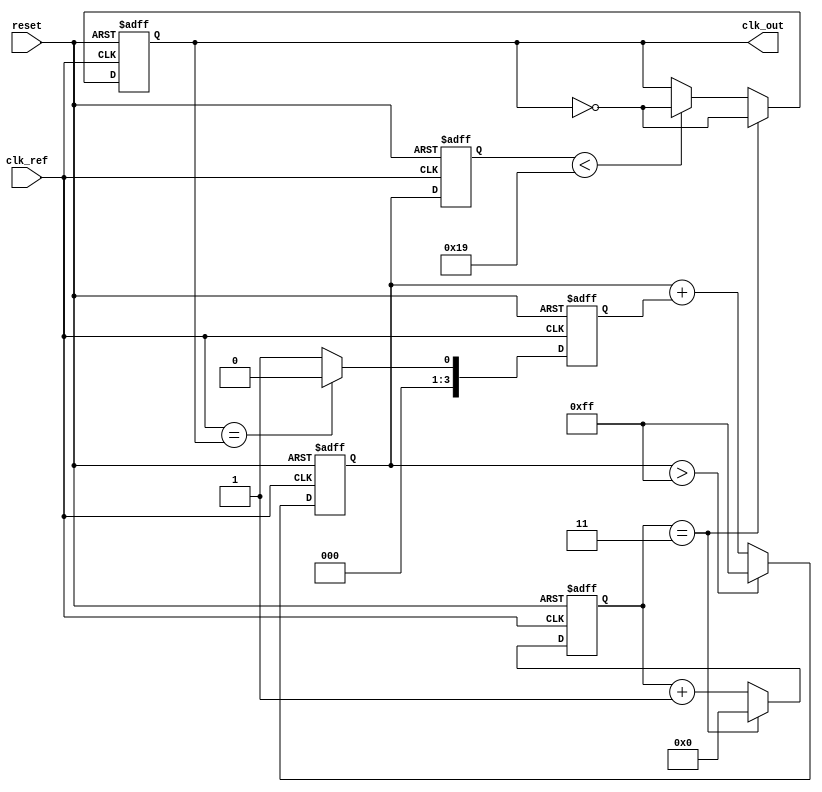
module low_jitter_pll (
    input wire clk_ref,         // Reference clock input
    input wire reset,           // Reset signal
    output reg clk_out          // Output clock signal
);

    // Parameters for PLL
    parameter DIV_RATIO = 4;    // Frequency divider ratio
    parameter VCO_MAX_FREQ = 100; // Max VCO frequency in MHz
    parameter VCO_MIN_FREQ = 25;  // Min VCO frequency in MHz

    // Internal signals
    reg [3:0] phase_error;       // Phase error signal from PD
    reg [7:0] loop_filter_out;    // Output from loop filter
    reg [7:0] vco_control;        // Control voltage for VCO
    reg [3:0] vco_div_counter;    // Counter for VCO division

    // Phase Detector (PD)
    always @(posedge clk_ref or posedge reset) begin
        if (reset) begin
            phase_error <= 0;
        end else begin
            // Simple phase detector logic (example)
            // Compare the reference clock with the feedback clock
            // This is a placeholder for actual phase detection logic
            phase_error <= (clk_ref == clk_out) ? 0 : 1; // Simple phase error
        end
    end

    // Loop Filter (LF)
    always @(posedge clk_ref or posedge reset) begin
        if (reset) begin
            loop_filter_out <= 0;
        end else begin
            // Simple low-pass filter logic (example)
            loop_filter_out <= loop_filter_out + phase_error; // Integrate phase error
            // Limit the output to VCO control range
            if (loop_filter_out > 255) loop_filter_out <= 255;
        end
    end

    // Voltage-Controlled Oscillator (VCO)
    always @(posedge clk_ref or posedge reset) begin
        if (reset) begin
            vco_control <= 0;
            clk_out <= 0;
            vco_div_counter <= 0;
        end else begin
            // Control VCO frequency based on loop filter output
            vco_control <= loop_filter_out;
            // Generate output clock based on VCO control voltage
            if (vco_control < VCO_MIN_FREQ) begin
                clk_out <= ~clk_out; // Toggle clock for low frequency
            end else if (vco_control > VCO_MAX_FREQ) begin
                clk_out <= clk_out; // Hold clock for high frequency
            end
            // Frequency division
            if (vco_div_counter == DIV_RATIO - 1) begin
                clk_out <= ~clk_out;
                vco_div_counter <= 0;
            end else begin
                vco_div_counter <= vco_div_counter + 1;
            end
        end
    end

endmodule